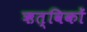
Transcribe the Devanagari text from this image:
ऋत्विकों